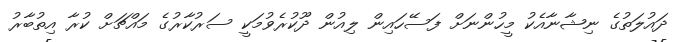
ދައުލަތުގެ ނިޝާނާއެކު މީހުންނަށް ފަސޭހައިން ލިއުން ދޫކުރެވުމަކީ ސަރުކާރުގެ މައްޗަށް ކުރާ އިތުބާރު